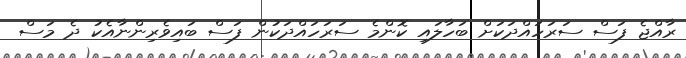
ރާއްޖެ ފަސް ސަރަހައްދަކަށް ބަހާލައި ކޮންމެ ސަރަހައްދަކުން ފަސް ބައިވެރިންނާއެކު ދެ މަސް